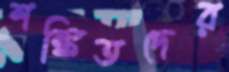
শঙ্কিতদের